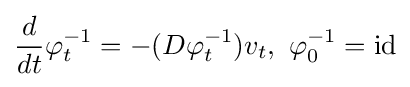
{\frac {d}{dt}}\varphi _{t}^{-1}=-(D\varphi _{t}^{-1})v_{t},\ \varphi _{0}^{-1}=\operatorname {id}